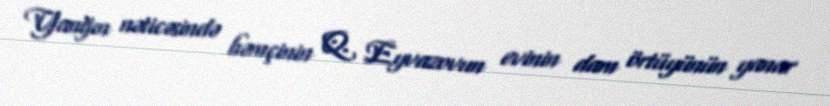
Yanğın nəticəsində həmçinin Q. Eyvazovun evinin dam örtüyünün yanar